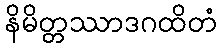
နိမိတ္တဿာဒဂထိတံ